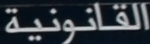
القانونية